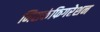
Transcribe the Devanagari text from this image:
मिसकंफिगरेशन